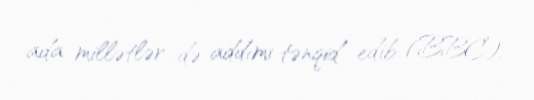
ada millətlər də addımı tənqid edib (BBC).